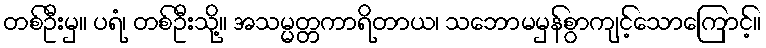
တစ်ဦးမှ။ ပရံ၊ တစ်ဦးသို့။ အသမ္မတ္တကာရိတာယ၊ သဘောမမှန်စွာကျင့်သောကြောင့်။